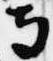
寺